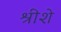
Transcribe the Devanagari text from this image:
श्रीशे